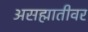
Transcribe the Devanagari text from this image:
असह्मातीवर